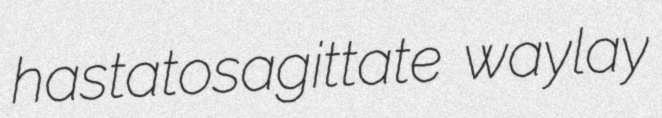
hastatosagittate waylay